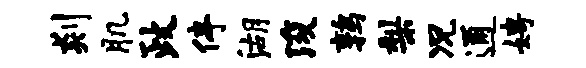
剡肌政停湖浚鹑梨况通娉